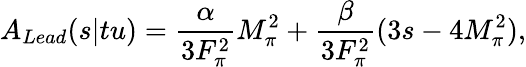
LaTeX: A_{Lead}(s|tu)=\frac{\alpha}{3F_{\pi}^{2}}M_{\pi}^{2}+\frac{\beta}{3F_{\pi}^{2}}(3s-4M_{\pi}^{2}),